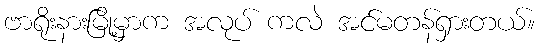
ဗာရိုးနားမြို့မှာက အလုပ် ကလဲ အင်မတန်ရှားတယ်။